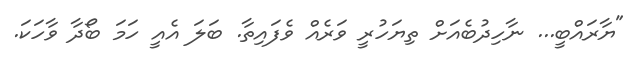
"ޔާރައްބީ... ނާހިދުބެއަށް ތިޔަހުރީ ވަރެއް ވެފައިތާ. ބަލަ އެއީ ހަމަ ބޯދާ ވާހަކަ.